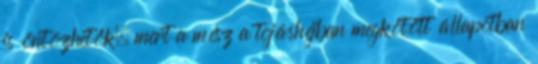
is öntözhetők, mert a mész a tojáshéjban megkötött állapotban